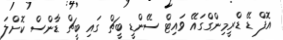
އޮފް ޑޭ ޑްރީމިންގްގައޭ ވައިޓް ސޭންޑީ ބީޗް ގައި ބީޗް ޑާންސް ކޮށްލަ